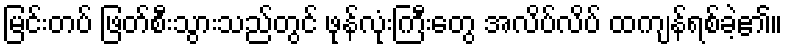
မြင်းတပ် ဖြတ်စီးသွားသည်တွင် ဖုန်လုံးကြီးတွေ အလိပ်လိပ် ထကျန်ရစ်ခဲ့၏။